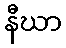
နီဃာ